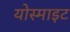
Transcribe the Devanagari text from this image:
योस्माइट